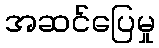
အဆင်ပြေမှု